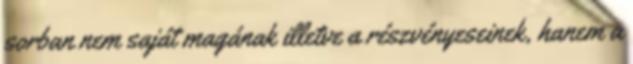
sorban nem saját magának illetve a részvényeseinek, hanem a